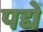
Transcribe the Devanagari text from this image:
पद्यें